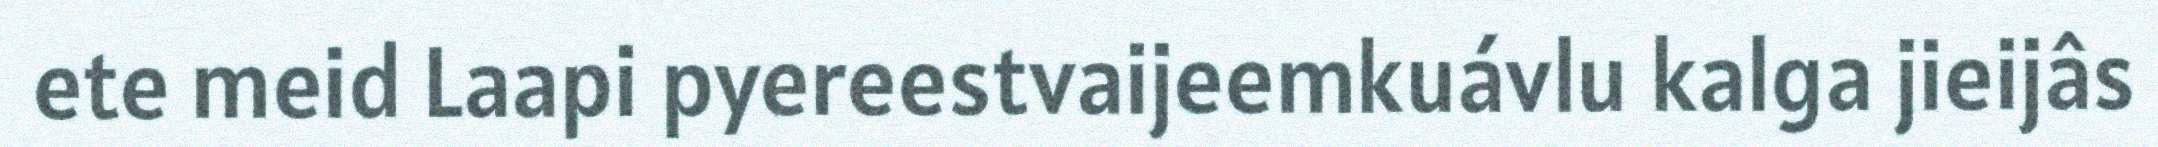
ete meid Laapi pyereestvaijeemkuávlu kalga jieijâs